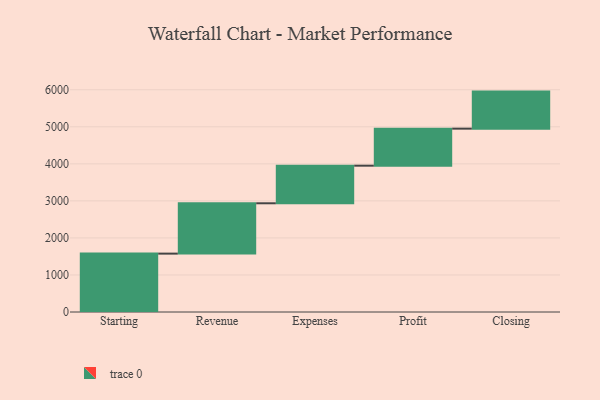
{"axis": {"x": "Step", "y": "Value"}, "legend": [""], "data": [{"x": "Starting", "y": 1576.0, "type": ""}, {"x": "Revenue", "y": 1359.0, "type": ""}, {"x": "Expenses", "y": 1015.0, "type": ""}, {"x": "Profit", "y": 1000, "type": ""}, {"x": "Closing", "y": 1000, "type": ""}]}